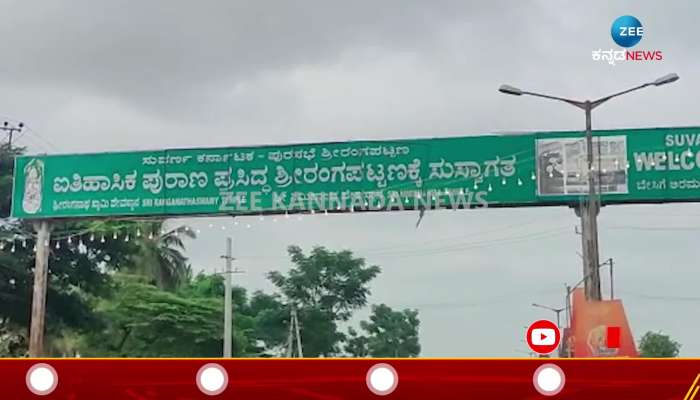
Language: kannada
Transcription: ಐತಿಹಾಸಿಕ ಪ್ರಸಿದ್ಧ ಸುಸ್ವಾಗತ ಪುರಾಣ ಶ್ರೀರಂಗಪಟ್ಟಣಕ್ಕೆ